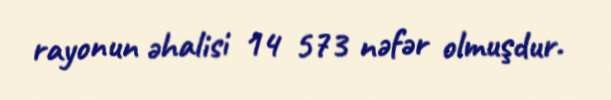
rayonun əhalisi 14 573 nəfər olmuşdur.